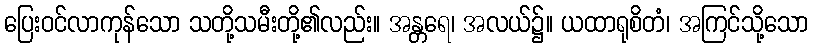
ပြေးဝင်လာကုန်သော သတို့သမီးတို့၏လည်း။ အန္တရေ၊ အလယ်၌။ ယထာရုစိတံ၊ အကြင်သို့သော